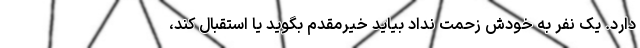
دارد. یک نفر به خودش زحمت نداد بیاید خیرمقدم بگوید یا استقبال کند،